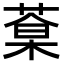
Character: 𦷎